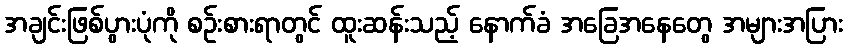
အချင်းဖြစ်ပွားပုံကို စဉ်းစားရာတွင် ထူးဆန်းသည့် နောက်ခံ အခြေအနေတွေ အများအပြား